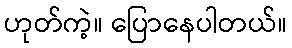
ဟုတ်ကဲ့။ ပြောနေပါတယ်။